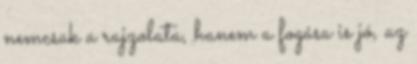
nemcsak a rajzolata, hanem a fogása is jó, az